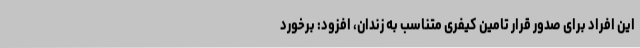
این افراد برای صدور قرار تامین کیفری متناسب به زندان،‌ افزود: برخورد